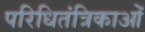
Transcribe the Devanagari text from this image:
परिधितंत्रिकाओं